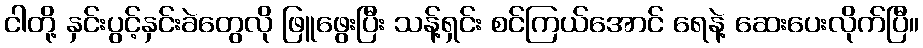
ငါတို့ နှင်းပွင့်နှင်းခဲတွေလို ဖြူဖွေးပြီး သန့်ရှင်း စင်ကြယ်အောင် ရေနဲ့ ဆေးပေးလိုက်ပြီ။